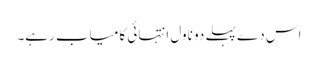
اس دے پہلے دو ناول انتہائی کامیاب رہے۔